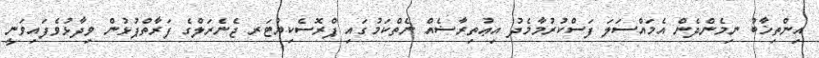
އިންތިޚާބު ނިމެންދެން އެމައްސަލަ ފަސްކުރުމާމެދު އިޢުތިރާޟެއް ނެތްކަމުގައި ޕްރޮސެކިޔުޓަރ ޖެނެރަލްގެ ފަރާތްޕުޅުން ވިދާޅުވެފައިވަނީ